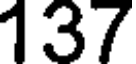
137